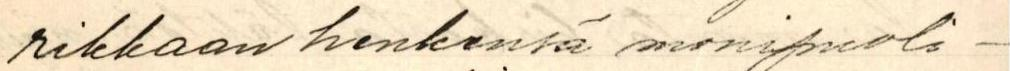
rikkaan henkensä monipuoli-